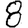
Digit: 8